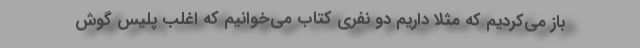
باز می‌کردیم كه مثلا داریم دو نفری كتاب می‌خوانیم كه اغلب پلیس گوش